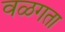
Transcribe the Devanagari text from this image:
वळगता